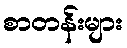
စာတန်းများ